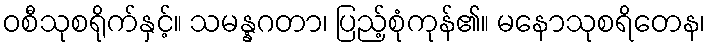
ဝစီသုစရိုက်နှင့်။ သမန္နဂတာ၊ ပြည့်စုံကုန်၏။ မနောသုစရိတေန၊